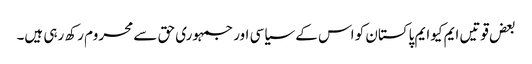
بعض قوتیں ایم کیوایم پاکستان کو اس کے سیاسی اور جمہوری حق سے محروم رکھ رہی ہیں۔